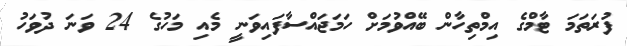
ފުރަތަމަ ޓާމްގެ އިމްތިހާން ބޭއްވުމަށް ހަމަޖައްސާފައިވަނީ މެއި މަހުގެ 24 ވަނަ ދުވަހު